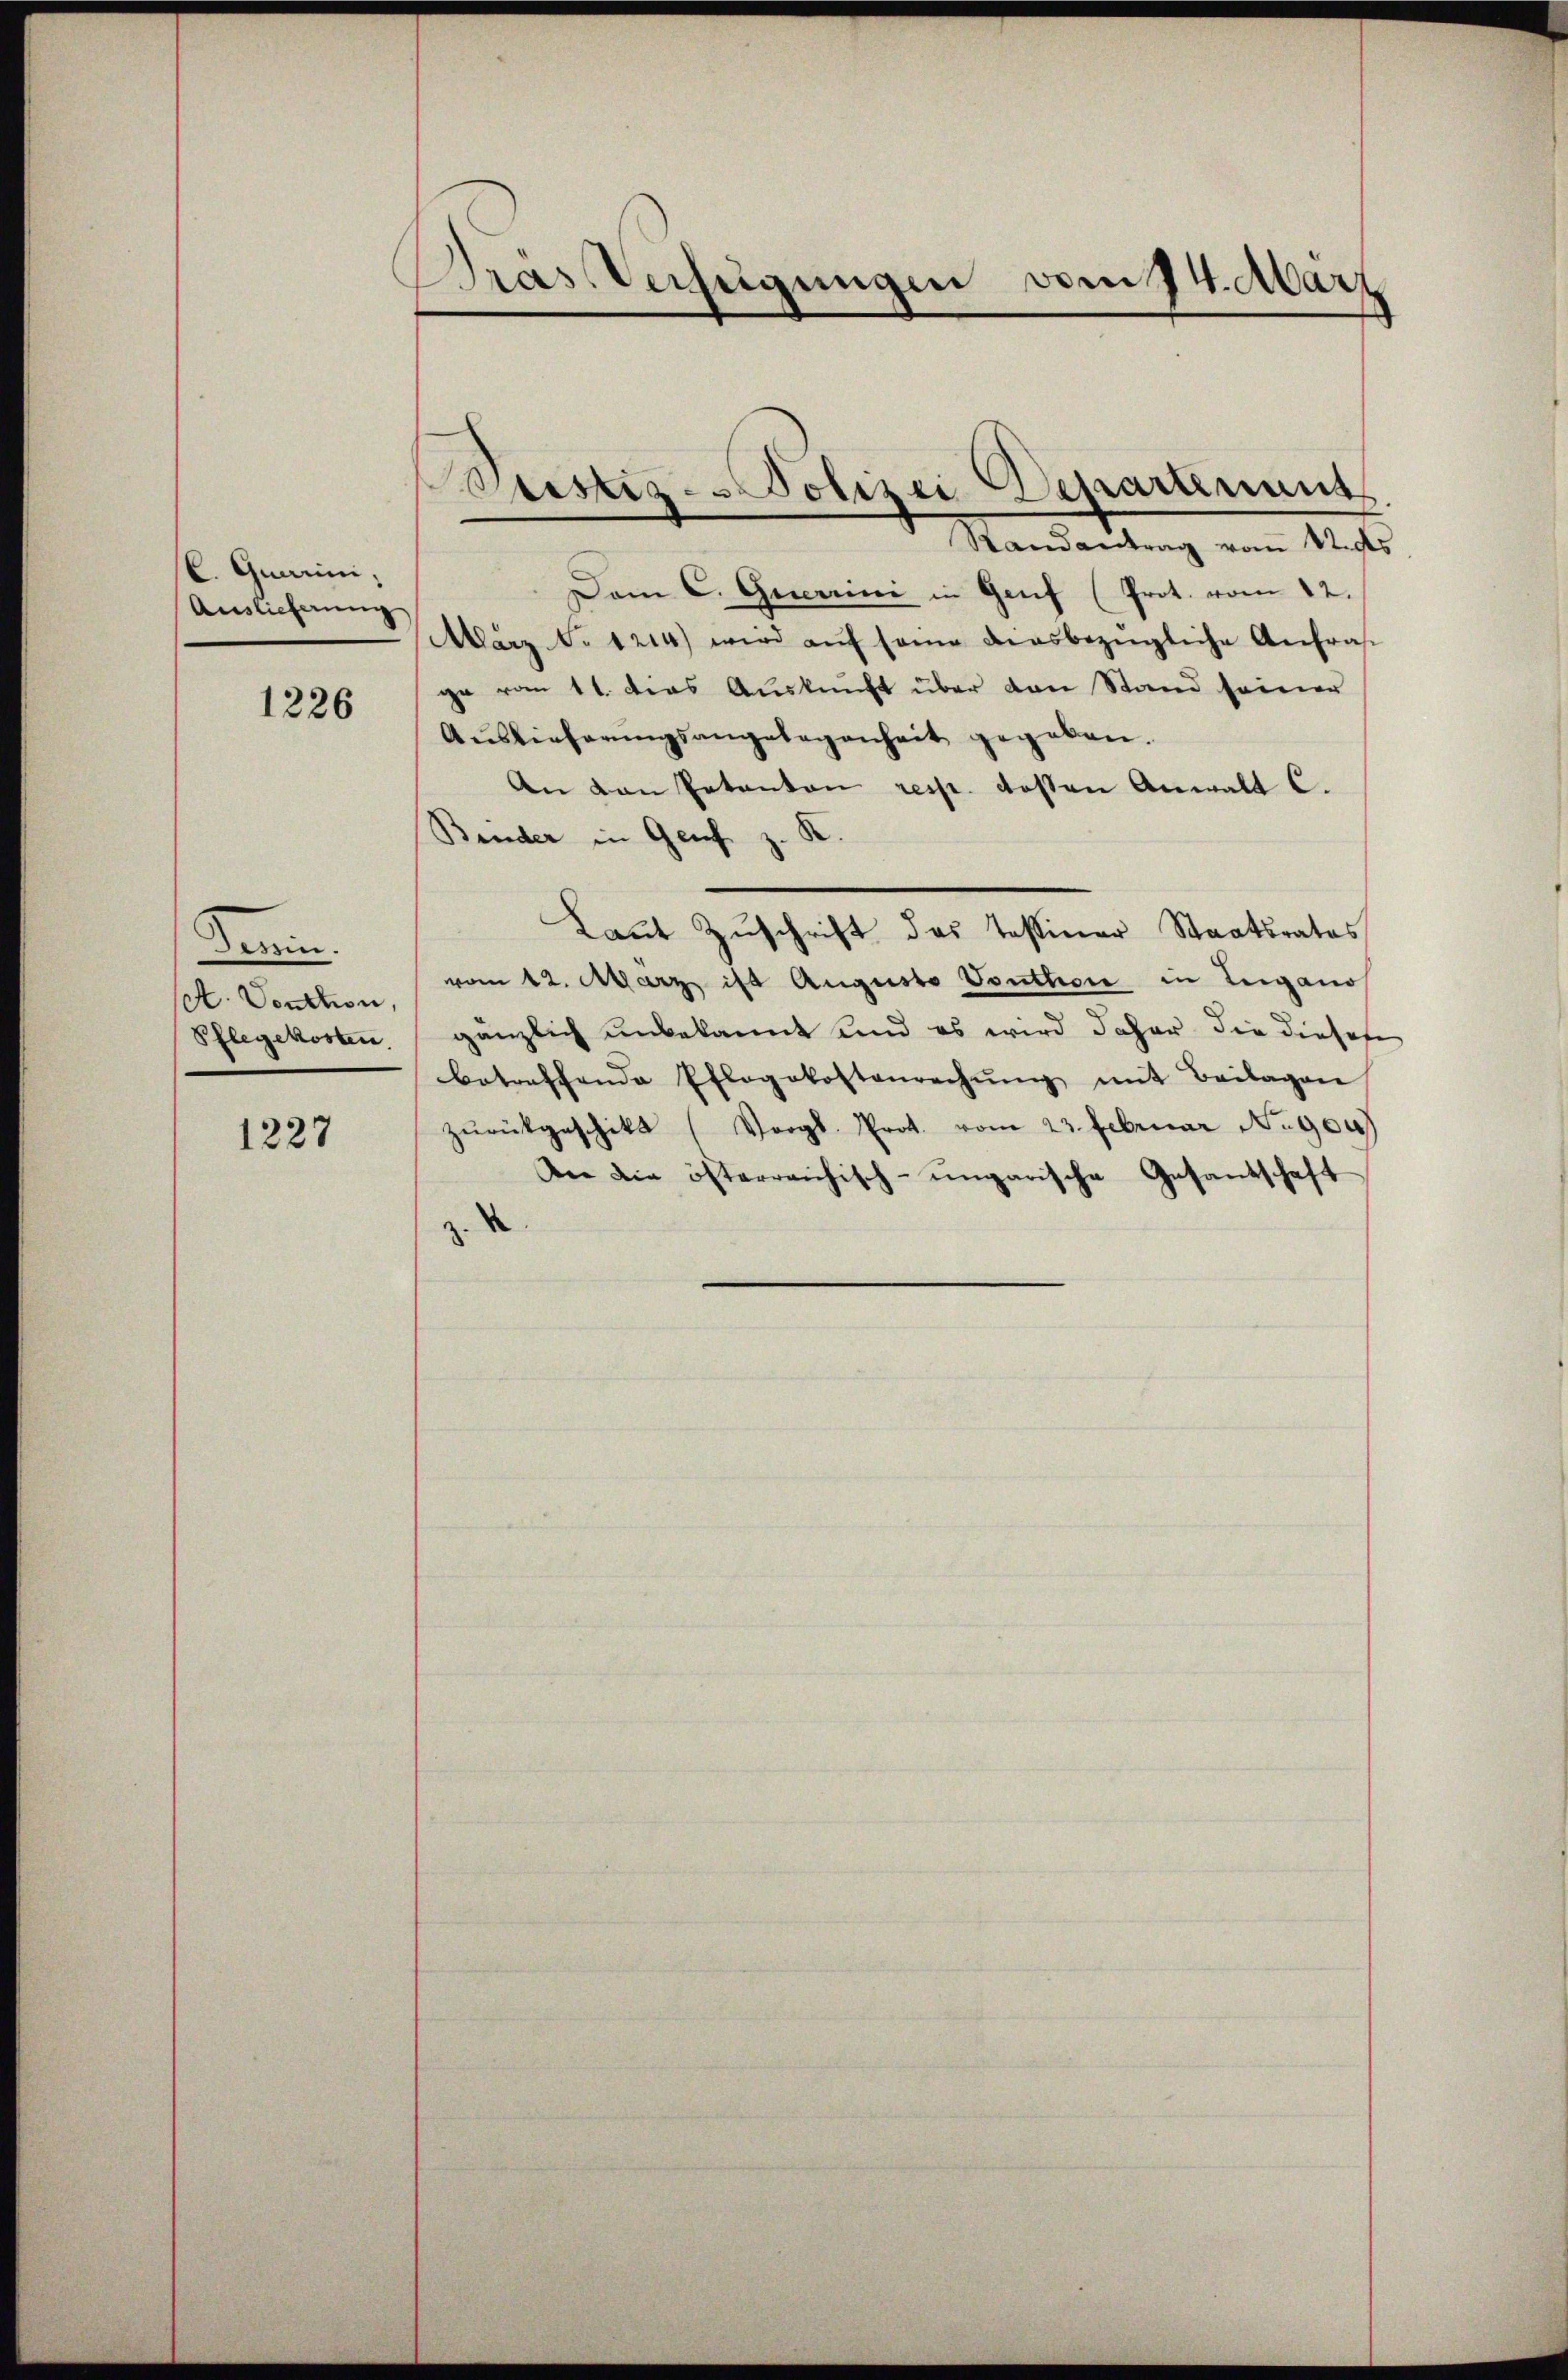
C. Quarini,
Auslieferung

1226

Din
A. Voschon,
Pflegekosten.

1227

Dras Verfügungen vom 24. Marz

ustiz - Polizei Departement
Randantrag vom 12. ds
Dem C. Guerrini in Genf (Prot. vom 12.
März No. 1214) wird aŭf seine diesbezügliche Anfras

ge vom 11. das Auskunft über den Stand seiner
Aŭslieferŭngsangelegenheit gegeben.
An von Petenten resp. desten Anwalt C.
Bruder in Genf z. R.
Laut Zuschrift das Tessiner Staatsrates
vom 12. März ist Augusto Vonthon in Luganos
gänzlich unbekannt und es wird daher die diesese
betreffende Pflegekostenrechnŭng mit Beilagen
zŭrückgeschikt (Vergl. Prot. vom 23. Februar No. 904)
Die die öfterreichisch-ungarische Gesantschaft
d